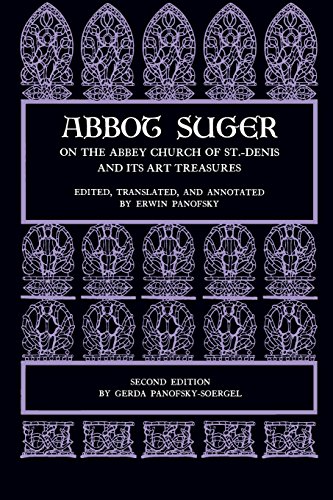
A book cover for Abbot Suger on the Abbey Church of St. Denis and Its Art Treasures; Abbot Suger; Religion & Spirituality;